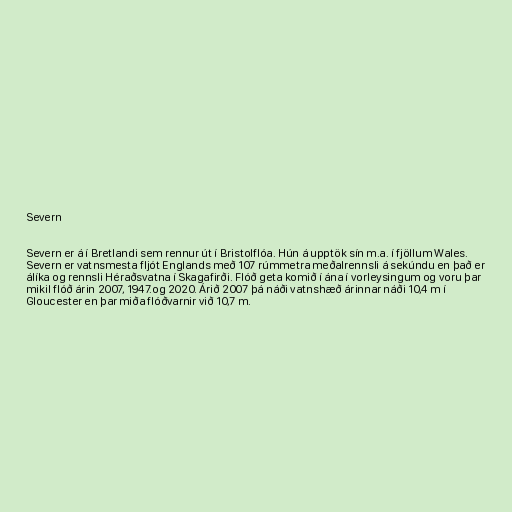
Severn

Severn er á í Bretlandi sem rennur út í Bristolflóa. Hún á upptök sín m.a. í fjöllum Wales.
Severn er vatnsmesta fljót Englands með 107 rúmmetra meðalrennsli á sekúndu en það er
álíka og rennsli Héraðsvatna í Skagafirði. Flóð geta komið í ána í vorleysingum og voru þar
mikil flóð árin 2007, 1947.og 2020. Árið 2007 þá náði vatnshæð árinnar náði 10,4 m í
Gloucester en þar miða flóðvarnir við 10,7 m.